Report on vaccination in the Province of Bengal - 1874-1889
Year: 1874
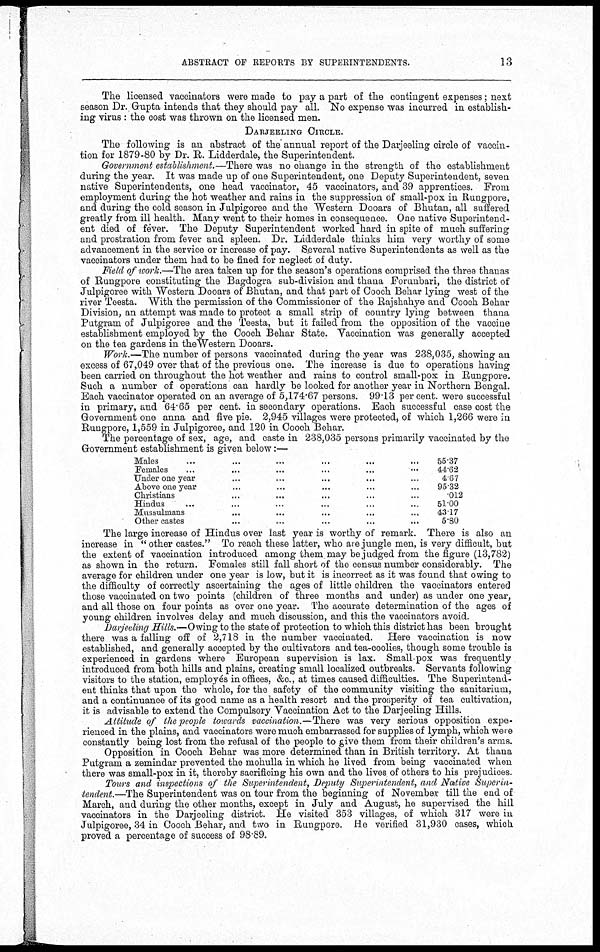
ABSTRACT OF REPORTS BY SUPERINTENDENTS.
13
The licensed vaccinators were made to pay a part of the contingent expenses; next
season Dr. Gupta intends that they should pay all. No expense was incurred in establish-
ing virus : the cost was thrown on the licensed men.
DARJEELING CIRCLE.
The following is an abstract of the annual report of the Darjeeling circle of vaccin-
tion for 1879-80 by Dr. R. Lidderdale, the Superintendent.
Government establishment.—There was no change in the strength of the establishment
during the year. It was made up of one Superintendent, one Deputy Superintendent, seven
native Superintendents, one head vaccinator, 45 vaccinators, and 39 apprentices. From
employment during the hot weather and rains in the suppression of small-pox in Rungpore,
and during the cold season in Julpigoree and the Western Dooars of Bhutan, all suffered
greatly from ill health. Many went to their homes in consequence. One native Superintend-
ent died of fever. The Deputy Superintendent worked hard in spite of much suffering
and prostration from fever and spleen. Dr. Lidderdale thinks him very worthy of some
advancement in the service or increase of pay. Several native Superintendents as well as the
vaccinators under them had to be fined for neglect of duty.
Field of work.—The area taken up for the season's operations comprised the three thanas
of Rungpore constituting the Bagdogra sub-division and thana Forunbari, the district of
Julpigoree with Western Dooars of Bhutan, and that part of Cooch Behar lying west of the
river Teesta. With the permission of the Commissioner of the Rajshahye and Cooch Behar
Division, an attempt was made to protect a small strip of country lying between thana
Putgram of Julpigoree and the Teesta, but it failed from the opposition of the vaccine
establishment employed by the Cooch Behar State. Vaccination was generally accepted
on the tea gardens in the Western Dooars.
Work.—The number of persons vaccinated during the year was 238,035, showing an
excess of 67,049 over that of the previous one. The increase is due to operations having
been carried on throughout the hot weather and rains to control small-pox in Rungpore.
Such a number of operations can hardly be looked for another year in Northern Bengal.
Each vaccinator operated on an average of 5,174.67 persons. 99.13 per cent. were successful
in primary, and 64.65 per cent. in secondary operations. Each successful case cost the
Government one anna and five pie. 2,945 villages were protected, of which 1,266 were in
Rungpore, 1,559 in Julpigoree, and 120 in Cooch Behar.
The percentage of sex, age, and caste in 238,035 persons primarily vaccinated by the
Government establishment is given below:—
Males... ... ... ... ...
Females... ... ... ... ...
Under one year... ... ... ... ...
Above one year... ... ... ... ...
Christians... ... ... ... ...
Hindus... ... ... ... ... ...
Mussulmans... ... ... ... ... ...
Other
castes...
...
...
...
...
...
55.37
44.62
4.67
95.32
.012
51.00
43.17
5.80
The large increase of Hindus over last year is worthy of remark. There is also an
increase in " other castes." To reach these latter, who are jungle men, is very difficult, but
the extent of vaccination introduced among them may be judged from the figure (13,782)
as shown in the return. Females still fall short of the census number considerably. The
average for children under one year is low, but it is incorrect as it was found that owing to
the difficulty of correctly ascertaining the ages of little children the vaccinators entered
those vaccinated on two points (children of three months and under) as under one year,
and all those on four points as over one year. The accurate determination of the ages of
young children involves delay and much discussion, and this the vaccinators avoid.
Darjeeling Hills.—Owing to the state of protection to which this district has been brought
there was a falling off of 2,718 in the number vaccinated. Here vaccination is now
established, and generally accepted by the cultivators and tea-coolies, though some trouble is
experienced in gardens where European supervision is lax. Small-pox was frequently
introduced from both hills and plains, creating small localized outbreaks. Servants following
visitors to the station, employés in offices, &c., at times caused difficulties. The Superintend-
ent thinks that upon the whole, for the safety of the community visiting the sanitarium,
and a continuance of its good name as a health resort and the prosperity of tea cultivation,
it is advisable to extend the Compulsory Vaccination Act to the Darjeeling Hills.
Attitude of the people towards vaccination.—There was very serious opposition expe-
rienced in the plains, and vaccinators were much embarrassed for supplies of lymph, which were
constantly being lost from the refusal of the people to give them from their children's arms.
Opposition in Cooch Behar was more determined than in British territory. At thana
Putgram a zemindar prevented the mohulla in which he lived from being vaccinated when
there was small-pox in it, thereby sacrificing his own and the lives of others to his prejudices
Tours and inspections of the Superintendent, Deputy Superintendent, and Native Superin-
tendent.—The Superintendent was on tour from the beginning of November till the end of
March, and during the other months, except in July and August, he supervised the hill
vaccinators in the Darjeeling district. He visited 353 villages, of which 317 were in
Julpigoree, 34 in Cooch Behar, and two in Rungpore. He verified 31,930 cases, which
proved a percentage of success of 98.89.